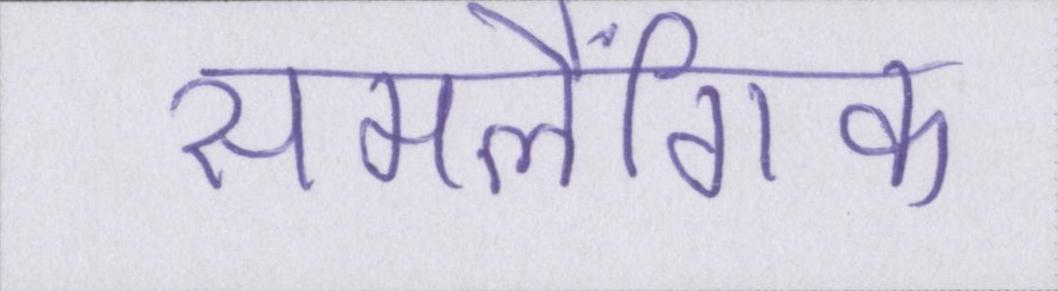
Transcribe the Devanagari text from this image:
समलैंगिक